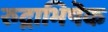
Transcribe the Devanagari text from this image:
रुद्राभिषॆक